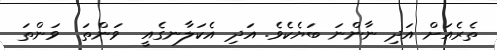
ތެރެއަށް އަދި ނާންނަ ބަޔެކެވެ. އަދި އެކަލާނގެއީ  ވަންތަ  ވަންތަ